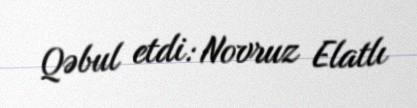
Qəbul etdi: Novruz Elatlı